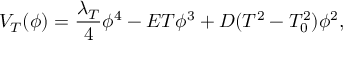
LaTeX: V _ { T } ( \phi ) = \frac { \lambda _ { T } } { 4 } \phi ^ { 4 } - E T \phi ^ { 3 } + D ( T ^ { 2 } - T _ { 0 } ^ { 2 } ) \phi ^ { 2 } ,